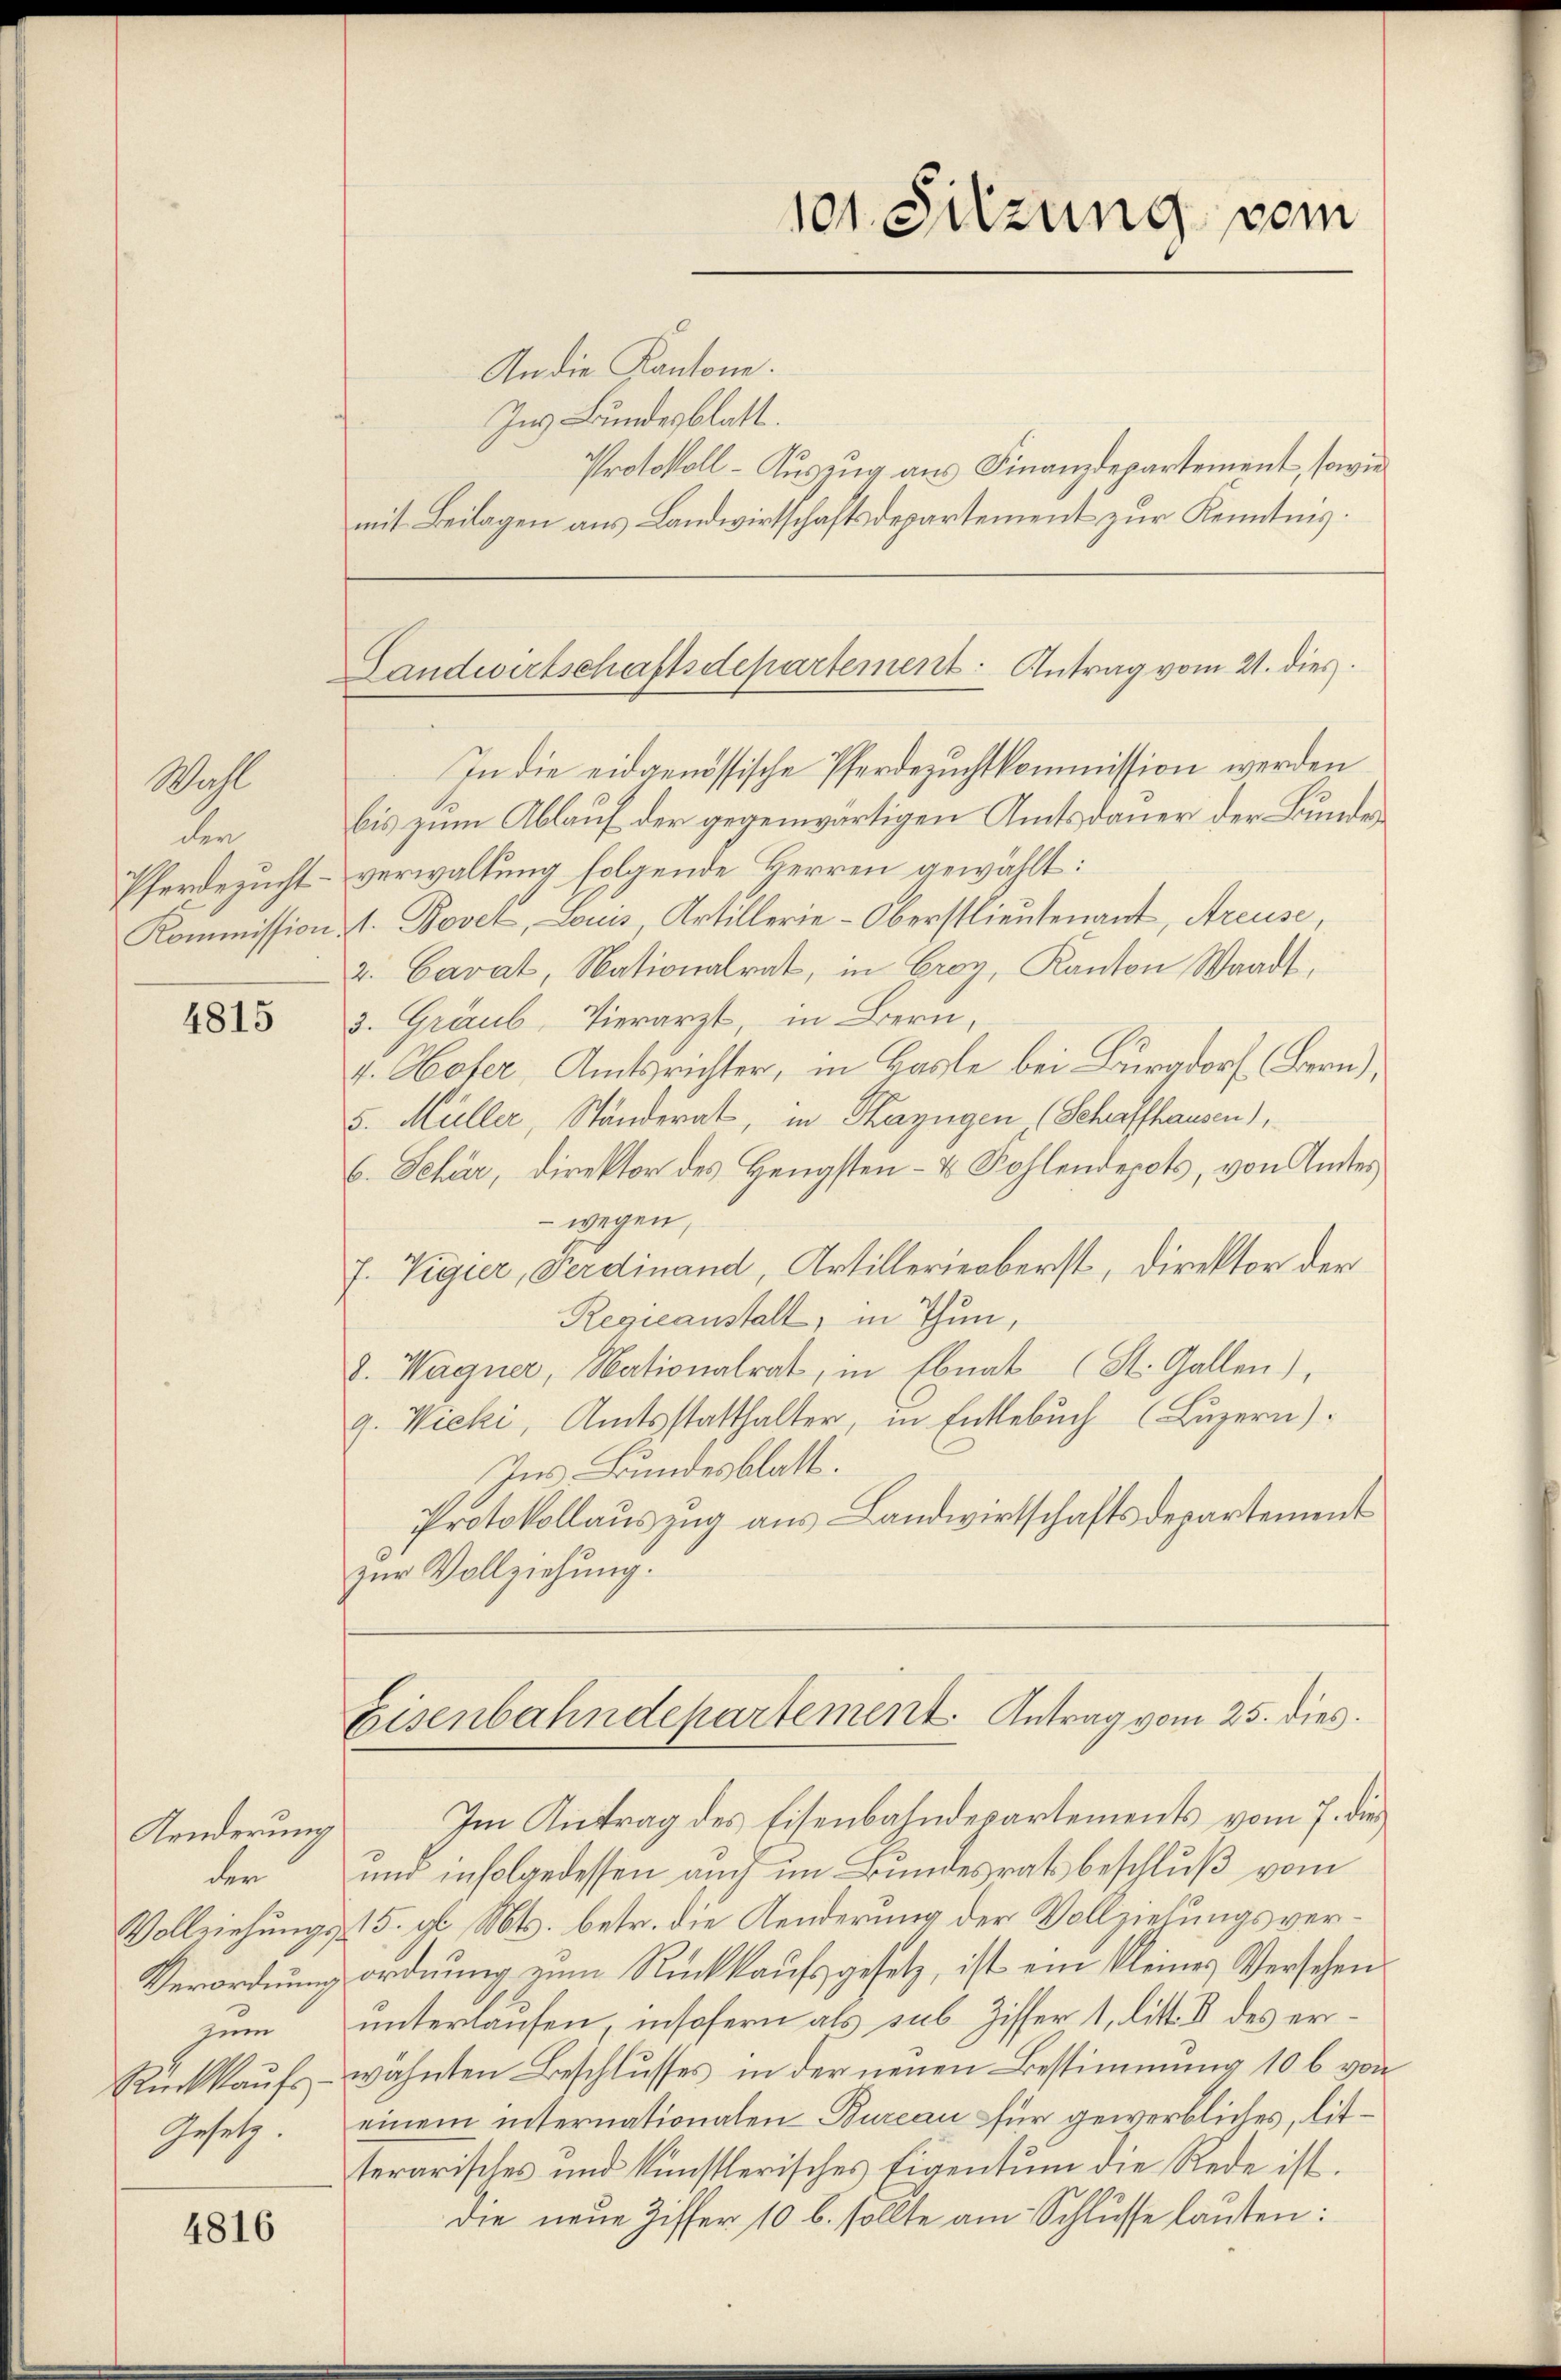
Wahl
der
Pferdezucht
Kommission.

4815

Aenderung
den
Vollziehungs-
Verordnung
zum
Rückkaŭfs
Gesetz.

4816

An die Kantone.
Ins Bundesblatt.
In die eidgenössische Pferdezuchtkommission werden
bis zum Ablauf der gegenwärtigen Amtsdauer der Bundes
verwaltung folgende Herren gewählt:
1. Bovet, Louis, Artillerie-Oberstlieutenant, Areuse,
2. Caval, Nationalrat, in Croy, Kanton Waadt,
3. Graub, Vierarzt, in Bern,
4. Hofer, Amtsrichter, in Basle bei Burgdorf (Bern),
5. Müller, Ständerat, in Thazügen (Schaffhausen),
6. Jehär, Direktor des Hengsten- & Kohlendepots, von Amtes
 wegen,
7. Vigier, Ferdinand, Artillerieberst, Direktor der
Regieanstalt, in Thun,
8. Wagner, Nationalrat, in Ebnat (St. Gallen),
9. Wicki, Amtsstatthalter, in Entlebuch (Luzern).
Ins Bundesblatt.
Protokollauszug aus Landwirtschaftsdepartement
zur Vollziehung.

101. Sitzung vom

Protokoll-Auszug aus Finanzdepartement, sowie
mit Beilagen aus Landwirtschaftsdepartement zur Kenntnis.

Landwirtschaftsdepartement. Antrag vom 21. dies

Eisenbahndepartement. Antrag vom 25. dies

Im Antrag des Eisenbahndepartements vom 7. die
und infolgedessen auch im Bundesrats beschluß vom
15. gl. Mts. betr. die Aenderung der Vollziehungsverordnung eine Rückkaufsgesetz, ist ein kleines Versehen
unterlaufen, insofern als sub. Ziffer 1, litt. 8 des erwähnten Beschlusses in der neuen Bestimmung 10 l. von
einem internationalen Bureau für gewerbliches, litterarisches und künstlerisches Eigentum die Rede ist.
die neue Ziffer 10 b. sollte am Schlusse lauten: